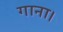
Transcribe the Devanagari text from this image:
गाना।